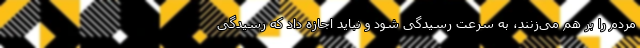
مردم را بر هم می‌زنند، به سرعت رسیدگی شود و نباید اجازه داد که رسیدگی